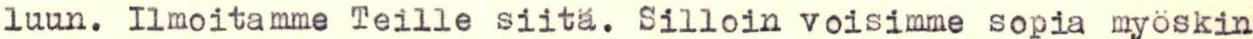
luun. Ilmoitamme Teille siitä. Silloin voisimme sopia myöskin